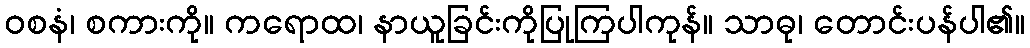
ဝစနံ၊ စကားကို။ ကရောထ၊ နာယူခြင်းကိုပြုကြပါကုန်။ သာဓု၊ တောင်းပန်ပါ၏။